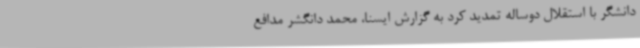
دانشگر با استقلال دوساله تمدید کرد به گزارش ایسنا، محمد دانگشر مدافع